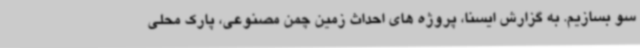
سو بسازیم. به گزارش ایسنا، پروژه های احداث زمین چمن مصنوعی، پارک محلی